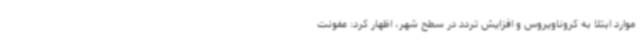
موارد ابتلا به کروناویروس و افزایش تردد در سطح شهر، اظهار کرد: عفونت